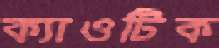
ক্যাওটিক